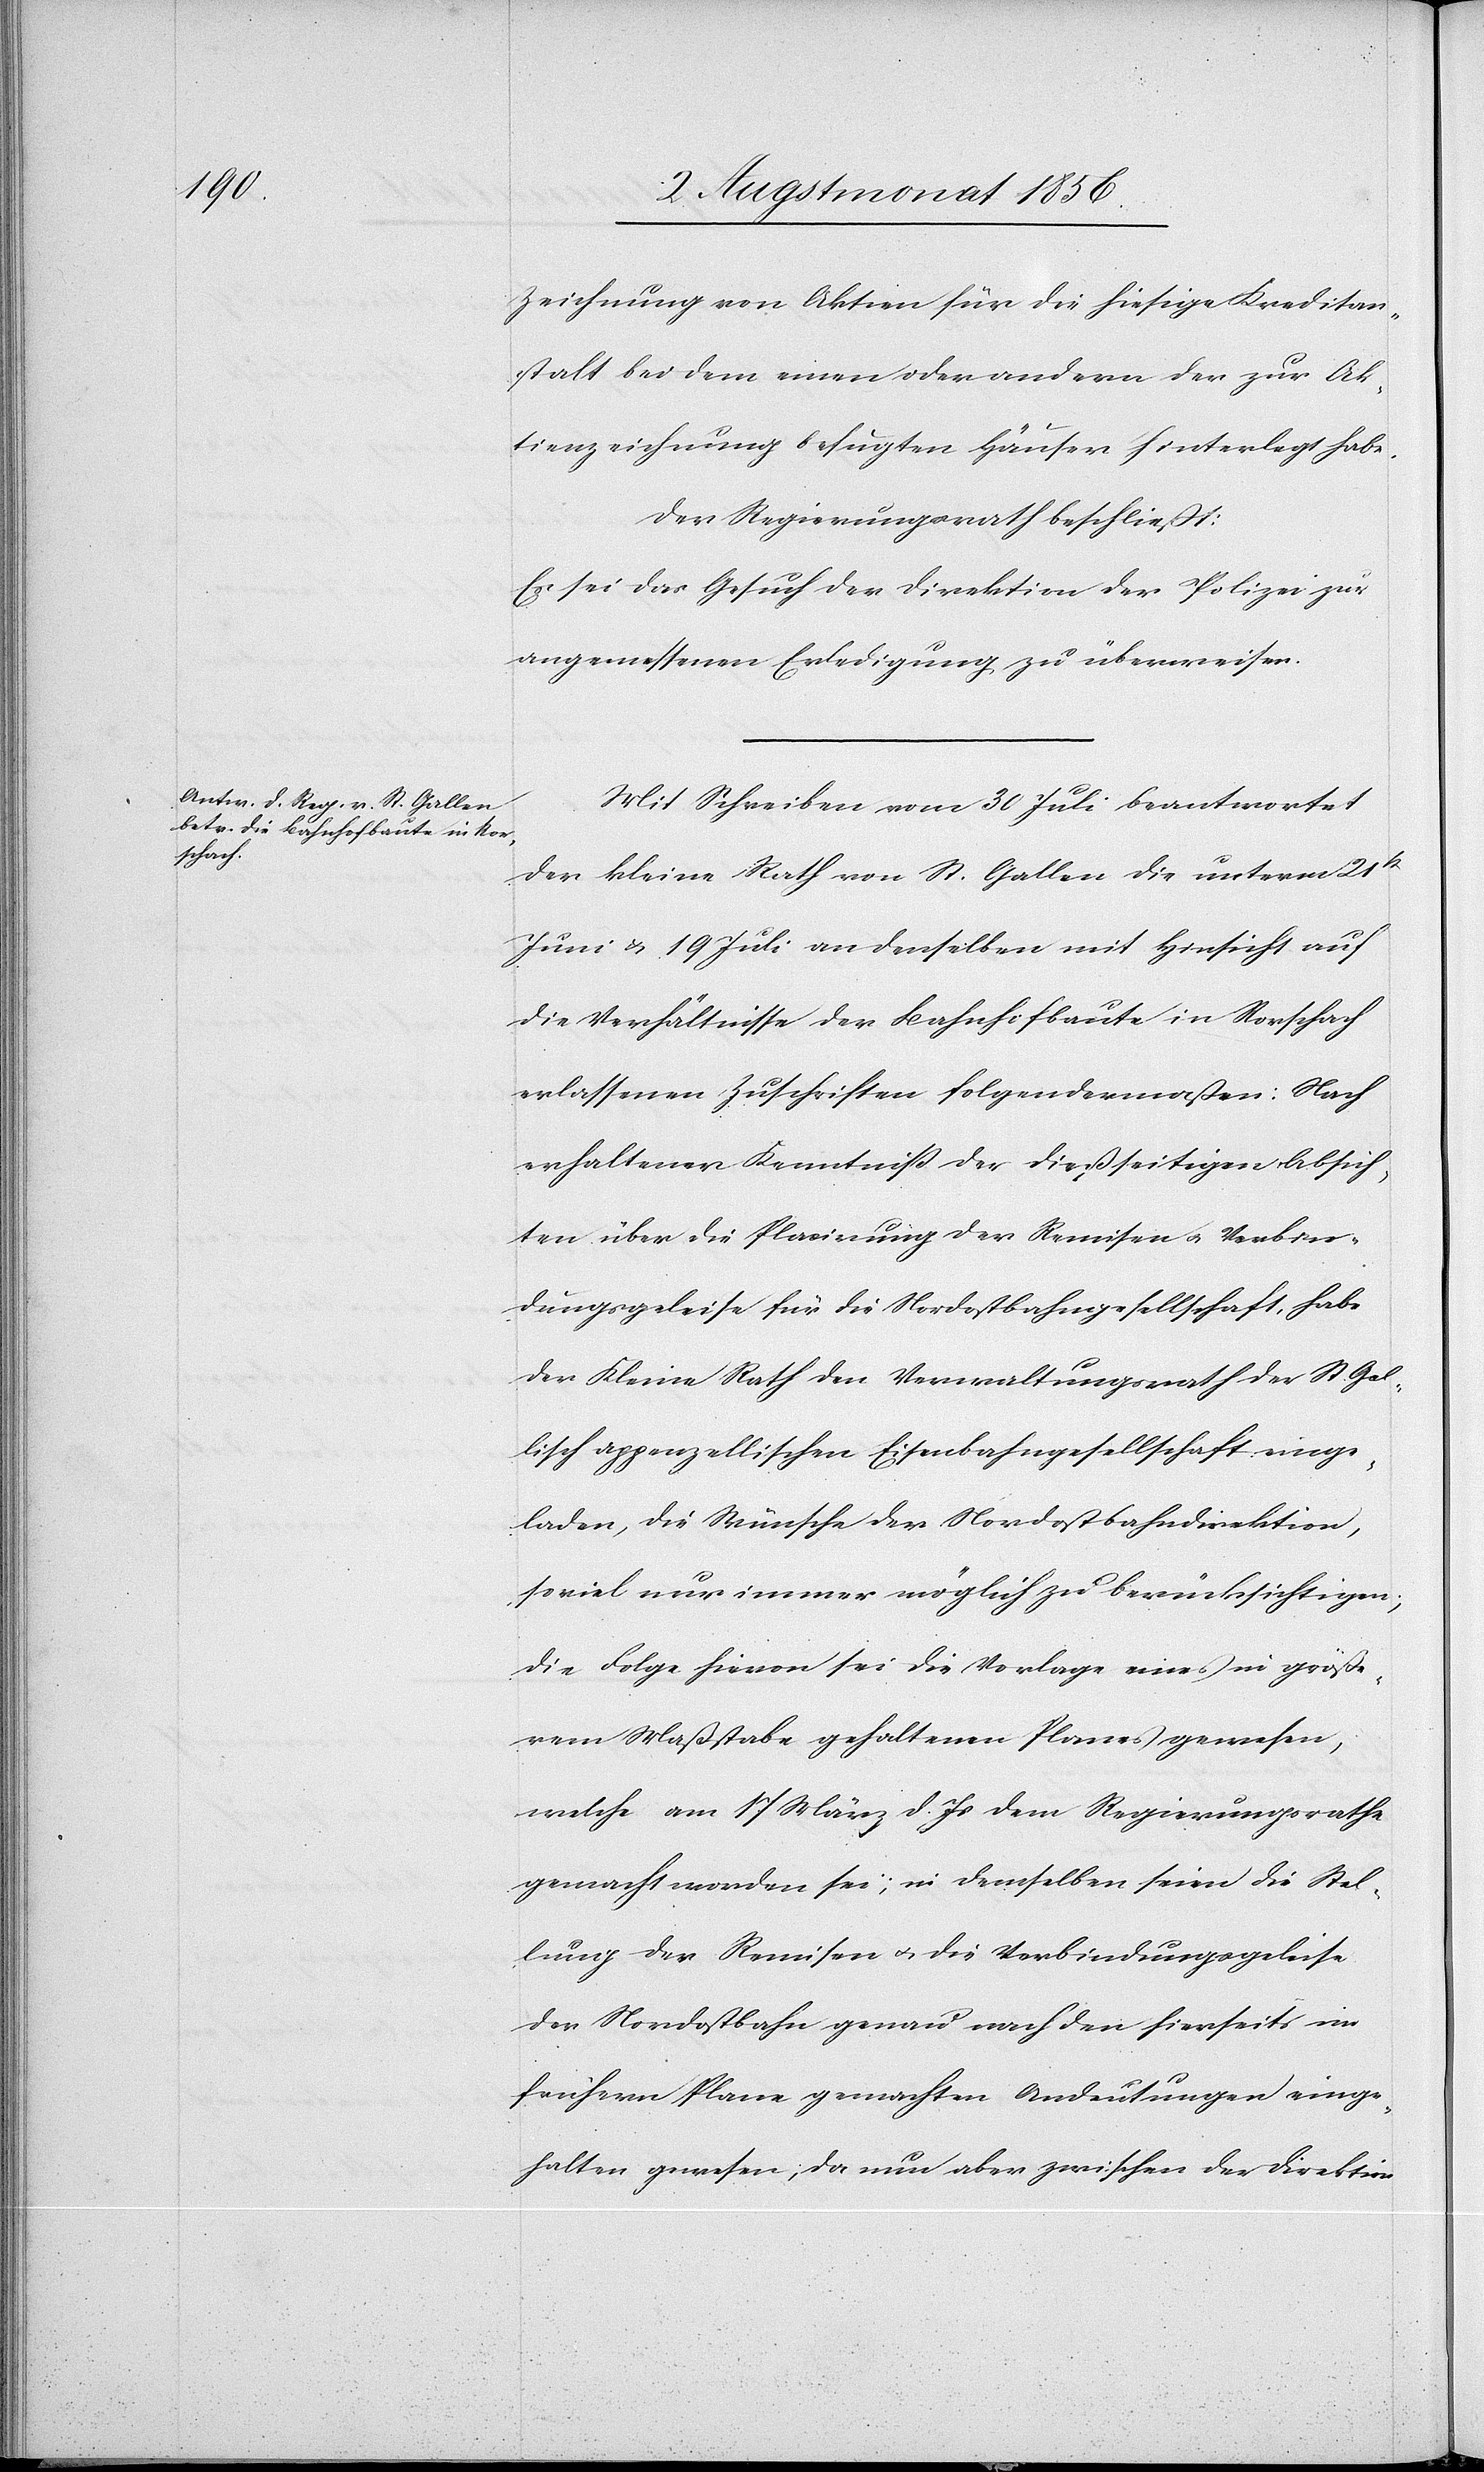
Zeichnung von Aktien für die hiesige Kreditan¬
stalt bei dem einen oder andern der zur Ak¬
tenzeichnung befugten Häuser hinterlegt habe.
Der Regierungsrath beschließt:
Es sei das Gesuch der Direktion der Polizei zur
angemessenen Erledigung zu überweisen.
Mit Schreiben vom 30 Juli beantwortet
der kleine Rath von St. Gallen die unterm 21st
Juni u. 19 Juli an derselben mit Hinsicht auf
die Verhältnisse der Bahnhofbaute in Rorschach
erlassenen Zuschriften folgendermaßen: Nach
erhaltener Kenntniss der dießseitigen Absich¬
ten über die Placirung der Remisen u. Verbin¬
dungsgeleise für die Nordostbahngesellschaft, habe
der Kleine Rath den Verwaltungsrath der St. Gal¬
lisch appenzellischen Eisenbahngesellschaft einge¬
laden, die Wünsche der Nordostbahndirektion,
soviel nur immer möglich zu berücksichtigen;
die Folge hievon sei die Vorlage eines in größe¬
rem Maßstabe gehaltenen Planes gewesen,
welche am 17 März d. Js dem Regierungsrathe
gemacht worden sei; in demselben seien die Stel¬
lung der Remisen u. die Verbindungsgeleise
der Nordostbahn genau nach den hierseits im
frühern Plane gemachten Andeutungen einge¬
halten gewesen; da nun aber zwischen der Direktion